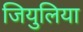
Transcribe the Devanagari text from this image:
जियुलिया